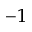
^ { - 1 }